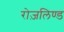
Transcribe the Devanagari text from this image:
रोज़लिण्ड